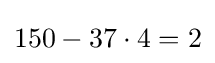
150-37\cdot 4=2